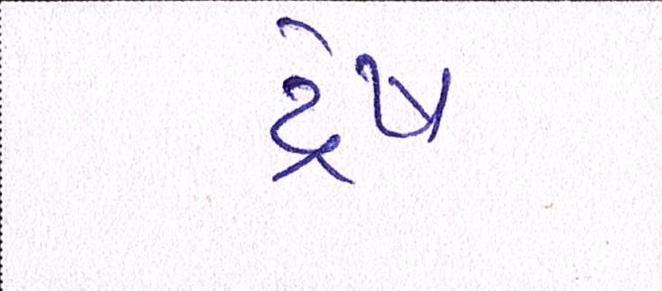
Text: દ્વેષ